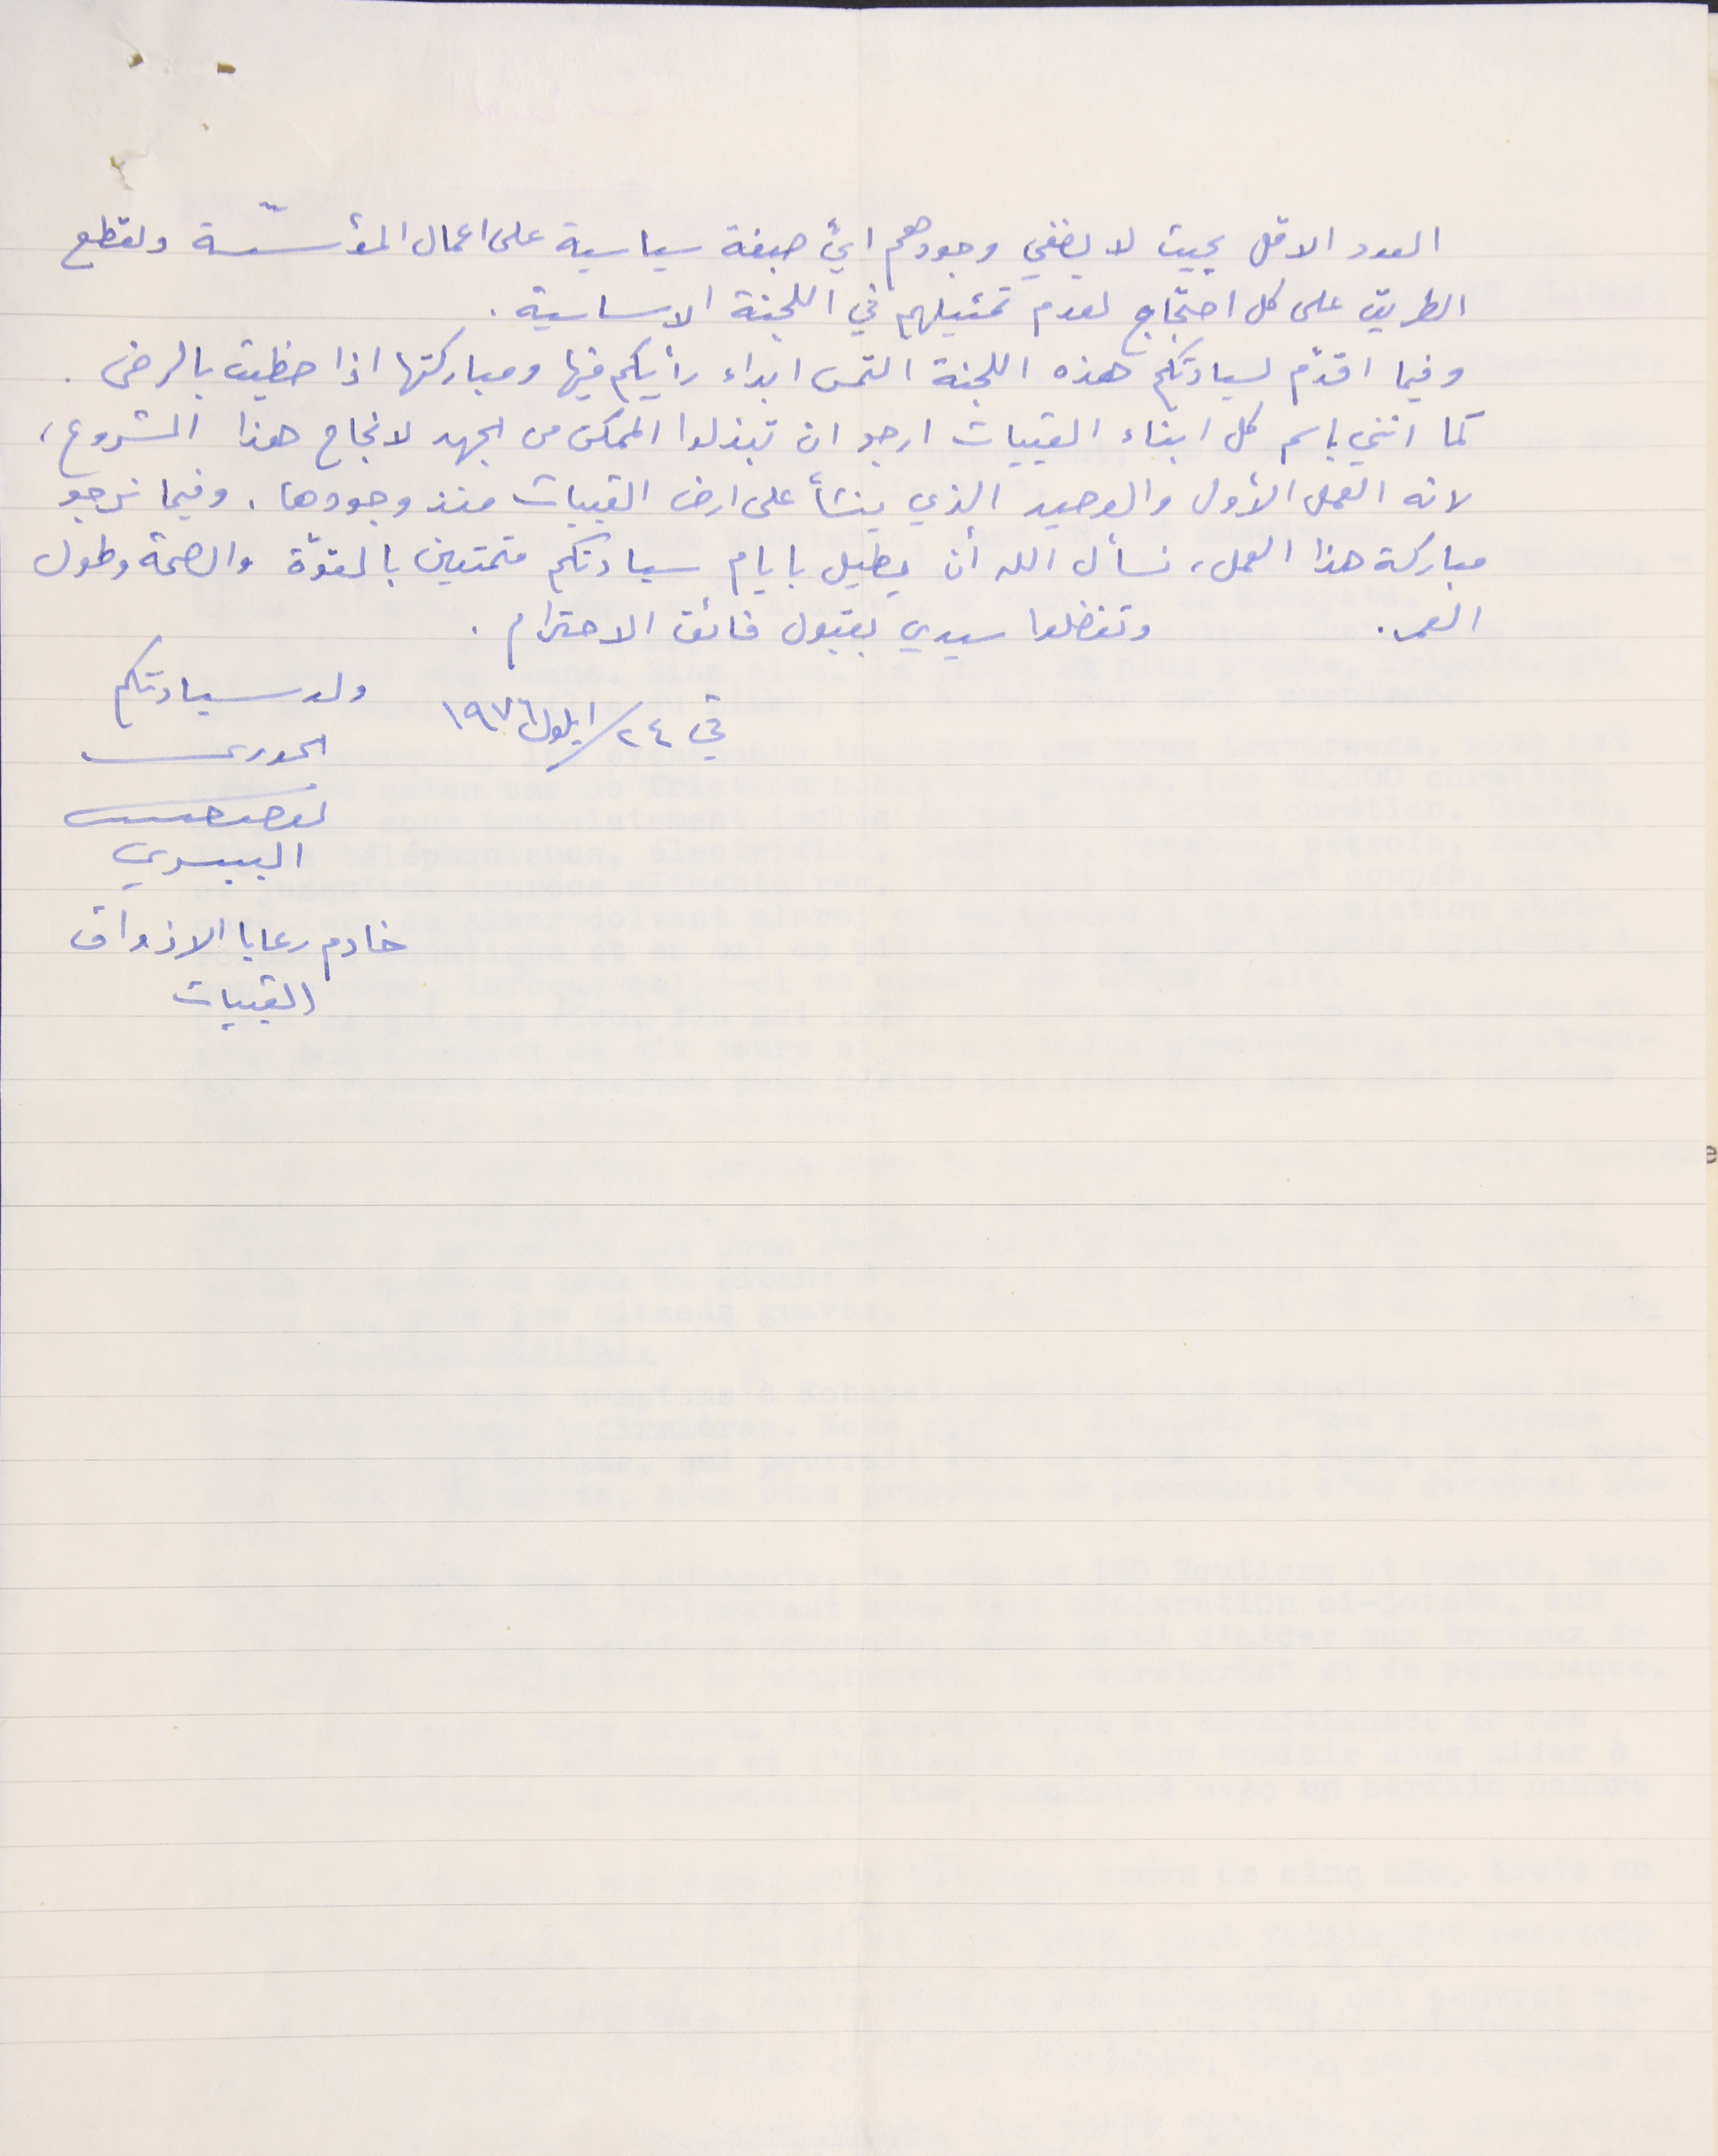
العدد الاقل بحيت لا يضفي وجودهم ايّ صبغة سياسية على اعمال المؤسّسة ولقطع
الطريق على كل احتجاج لعدم تمثيلهم في اللجنة الاساسية.
وفيما اقدّم لسيادتكم هذه اللجنة التمس ابداء رأيكم فيها ومباركتها اذا حظيت بالرضى.
كما انني باسم كل ابناء القبيات ارجو ان تبذلوا الممكن من الجهد لانجاح هذا المشروع،
لانه العمل الأول والوحيد الذي ينشأ على ارض القبيات منذ وجودها. وفيما نرجو
مباركة هذا العمل، نسأل الله أن يطيل بايام سيادتكم متمتعين بالقوّة والصحة وطول
العمر. وتفضلوا سيدي بقبول فائق الاحترام.
في ٢٤ /ايلول ١٩٧٦                   ولد سيادتكم
الحورى
البيسري
خادم رعايا الاذواق
القبيات
ىوسف حىىب